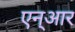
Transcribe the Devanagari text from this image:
एन्‌आर